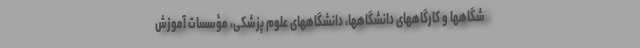
شگاهها و کارگاههای دانشگاهها، دانشگاههای علوم پزشکی، مؤسسات آموزش